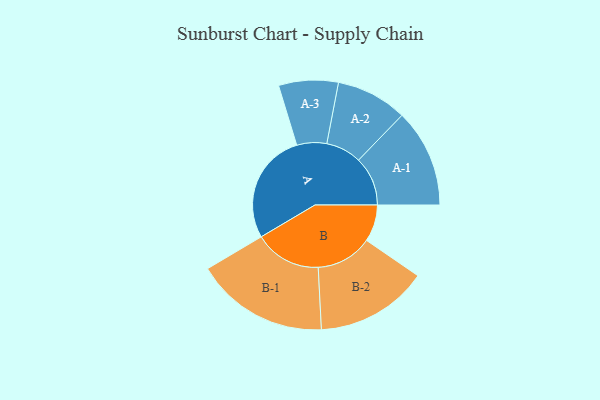
{"axis": {"x": "Segment", "y": "Value"}, "legend": ["", "A", "B"], "data": [{"x": "A", "y": 499, "type": ""}, {"x": "B", "y": 166, "type": ""}, {"x": "A-1", "y": 221, "type": "A"}, {"x": "A-2", "y": 160, "type": "A"}, {"x": "A-3", "y": 134, "type": "A"}, {"x": "B-1", "y": 300, "type": "B"}, {"x": "B-2", "y": 253, "type": "B"}]}